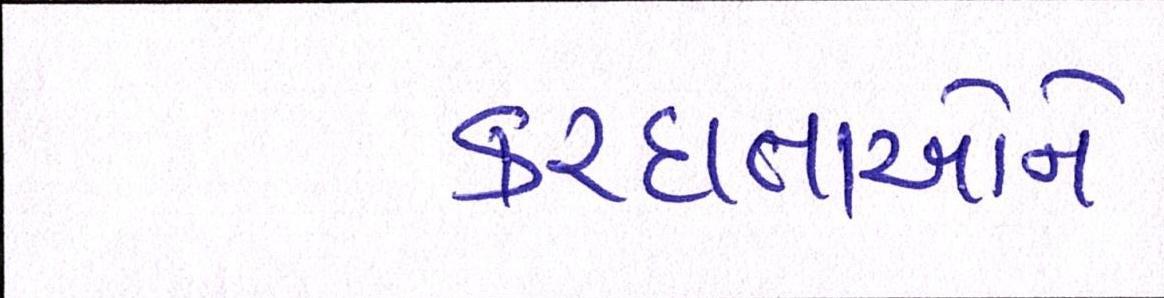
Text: કરદાતાઓને